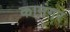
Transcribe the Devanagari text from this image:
कामंगर